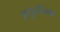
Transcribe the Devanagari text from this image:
अयुरसिम्न